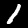
Label: 1